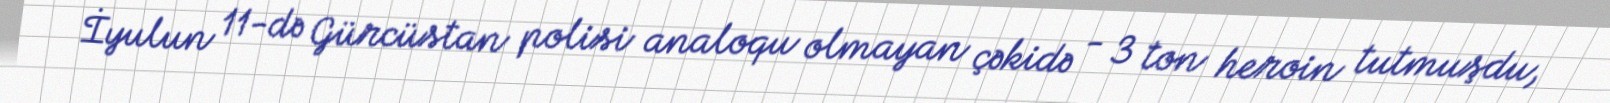
İyulun 11-də Gürcüstan polisi analoqu olmayan çəkidə - 3 ton heroin tutmuşdu,